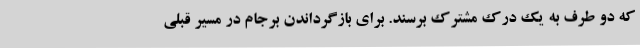
که دو طرف به یک درک مشترک برسند. برای بازگرداندن برجام در مسیر قبلی